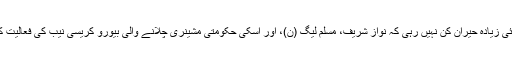
یہ بات بھی اب کوئی زیادہ حیران کن نہیں رہی کہ نواز شریف، مسلم لیگ (ن)، اور اسکی حکومتی مشینری چلانے والی بیورو کریسی نیب کی فعالیت کا پسندیدہ ہدف ہے۔